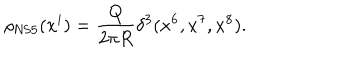
LaTeX: \rho _ { \mathrm { N S 5 } } ( x ^ { i } ) = \frac { Q } { 2 \pi R } \delta ^ { 3 } ( x ^ { 6 } , x ^ { 7 } , x ^ { 8 } ) .